Report on vaccination in Madras 1895-1903 - 1895-1903
Year: 1895
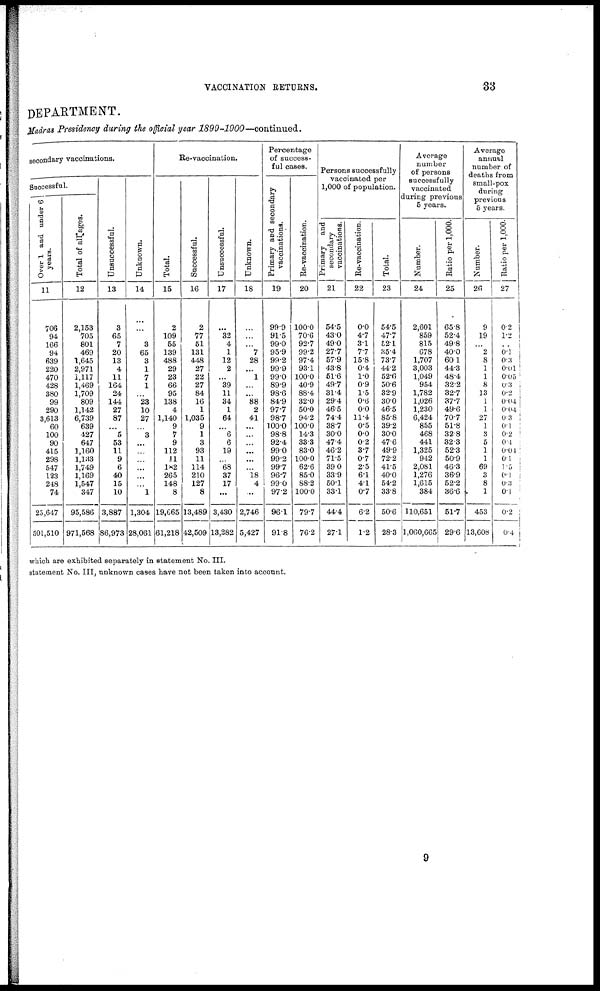
VACCINATION RETURNS.
33
DEPARTMENT.
Madras Presidency during the official year
1899-1900—continued.
secondary vaccinations.
Successful.
Over 1 and under 6
years.
11
706
94
166
94
639
220
470
428
380
99
290
3,613
60
100
90
415
298
547
123
248
74
25,647
501,510
Total of all ages.
12
2,153
705
801
469
1,645
2,971
1,117
1,469
1,709
809
1,142
6,739
639
427
647
1,160
1,133
1,749
1,169
1,547
347
95,586
971,568
Unsuccessful.
13
3
65
7
20
13
4
11
164
24
144
27
87
...
5
53
11
9
6
40
15
10
3,887
86,973
Unknown.
14
...
...
3
65
3
1
7
1
...
23
10
27
...
3
...
...
...
...
...
...
1
1,304
28,061
Re-vaccination.
Total.
15
2
109
55
139
488
29
23
66
95
138
4
1,140
9
7
9
112
11
182
265
148
8
19,665
61,218
Successful.
16
2
77
51
131
448
27
22
27
84
16
1
1,035
9
1
3
93
11
114
210
127
8
13,489
42,509
Unsuccessful.
17
...
32
4
1
12
2
...
39
11
34
1
64
...
6
6
19
...
68
37
17
...
3,430
13,282
Unknown.
18
...
...
...
7
28
...
1
...
...
88
2
41
...
...
...
...
...
...
18
4
...
2,746
5,427
Percentage
of success-
ful cases.
Primary and secondary
vaccinations.
19
99.9
91.5
99.0
95.9
99.2
99.9
99.0
89.9
98.6
84.9
97.7
98.7
100.0
98.8
92.4
99.0
99.2
99.7
96.7
99.0
97.2
96.1
91.8
Re-vaccination.
20
100.0
70.6
92.7
99.2
97.4
93.1
100.0
40.9
88.4
32.0
50.0
94.2
100.0
14.3
33.3
83.0
100.0
62.6
85.0
88.2
100.0
79.7
76.2
Persons successfully
vaccinated per
1,000 of population.
Primary and
secondary
vaccinations.
21
54.5
43.0
49.0
27.7
57.9
43.8
51.6
49.7
31.4
29.4
46.5
74.4
38.7
30.0
47.4
46.2
71.5
39.0
33.9
50.1
33.1
44.4
27.1
Re-vaccination.
22
0.0
4.7
3.1
7.7
15.8
0.4
1.0
0.9
1.5
0.6
0.0
11.4
0.5
0.0
0.2
3.7
0.7
2.5
6.1
4.1
0.7
6.2
1.2
Total.
23
54.5
47.7
52.1
35.4
73.7
44.2
52.0
50.6
32.9
30.0
46.5
85.8
39.2
30.0
47.6
49.9
72.2
41.5
40.0
54.2
33.8
50.6
28.3
Average
number
of persons
successfully
vaccinated
during previous
5 years.
Number.
24
2,601
859
815
678
1,707
3,003
1,049
954
1,782
1,026
1,230
6,424
855
468
441
1,325
942
2,081
1,276
1,615
384
110,651
1,060,665
Ratio per 1,000.
25
65.8
52.4
49.8
40.0
60.1
44.3
48.4
32.2
32.7
37.7
49.6
70.7
51.8
32.8
32.3
52.3
50.9
46.3
36.9
52.2
36.6
51.7
29.6
Average
annual
number of
deaths from
small-pox
during
previous
5 years.
Number.
26
9
19
...
2
8
1
1
8
13
1
1
27
1
3
5
1
1
69
3
8
1
453
13,608
Ratio per 1,000.
27
0.2
1.2
...
0.1
0.3
0.01
0.05
0.3
0.2
0.04
0.04
0.3
0.1
0.2
0.4
0.04
0.1
1.5
0.1
0.3
0.1
0.2
0.4
which are exhibited separately in statement No. III.
statement No. III, unknown cases have not been taken into account.
9